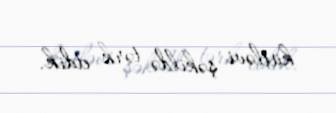
kütləvi şəkildə tərk etdik.